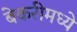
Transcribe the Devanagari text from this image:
बेकरीमध्ये